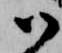
御